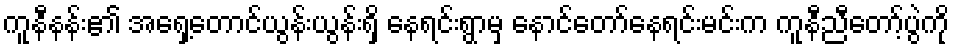
ကူနီနန်း၏ အရှေ့တောင်ယွန်းယွန်းရှိ နေရင်းရွာမှ နောင်တော်နေရင်းမင်းက ကူနီညီတော့်ပွဲကို